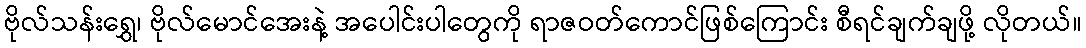
ဗိုလ်သန်းရွှေ၊ ဗိုလ်မောင်အေးနဲ့ အပေါင်းပါတွေကို ရာဇဝတ်ကောင်ဖြစ်ကြောင်း စီရင်ချက်ချဖို့ လိုတယ်။